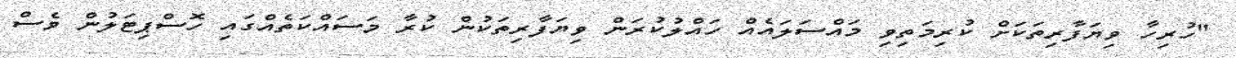
"ހުރިހާ ވިޔަފާރިތަކަށް ކުރިމަތިވި މައްސަލައެއް ހައްލުކުރަން ވިޔަފާރިތަކުން ކުރާ މަސައްކަތެއްގައި ހޮސްޕިޓަލުން ވެސް